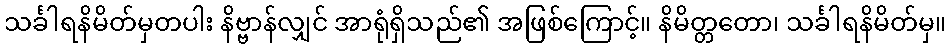
သင်္ခါရနိမိတ်မှတပါး နိဗ္ဗာန်လျှင် အာရုံရှိသည်၏ အဖြစ်ကြောင့်။ နိမိတ္တတော၊ သင်္ခါရနိမိတ်မှ။